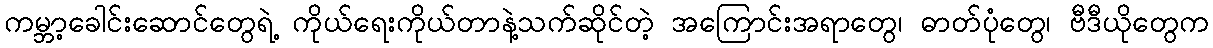
ကမ္ဘာ့ခေါင်းဆောင်တွေရဲ့ ကိုယ်ရေးကိုယ်တာနဲ့သက်ဆိုင်တဲ့ အကြောင်းအရာတွေ၊ ဓာတ်ပုံတွေ၊ ဗီဒီယိုတွေက